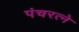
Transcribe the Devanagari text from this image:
पंचरत्‍ने